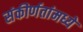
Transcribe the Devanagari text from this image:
संकीर्णतांमध्ये